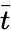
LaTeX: \vec{t}